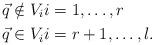
LaTeX: \begin{align*} \vec{q} &\notin V_i i = 1, \ldots, r \\ \vec{q} &\in V_i i = r+1, \ldots, l. \end{align*}